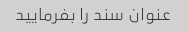
عنوان سند را بفرمایید